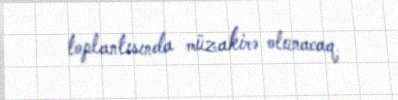
toplantısında müzakirə olunacaq.